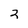
Character: 2